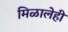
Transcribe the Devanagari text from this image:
मिळालेही